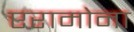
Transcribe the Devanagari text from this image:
एरामोना